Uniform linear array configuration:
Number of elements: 64
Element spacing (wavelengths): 0.5
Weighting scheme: binomial
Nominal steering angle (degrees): -30
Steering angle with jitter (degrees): -31.613
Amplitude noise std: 0.05
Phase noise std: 0.05

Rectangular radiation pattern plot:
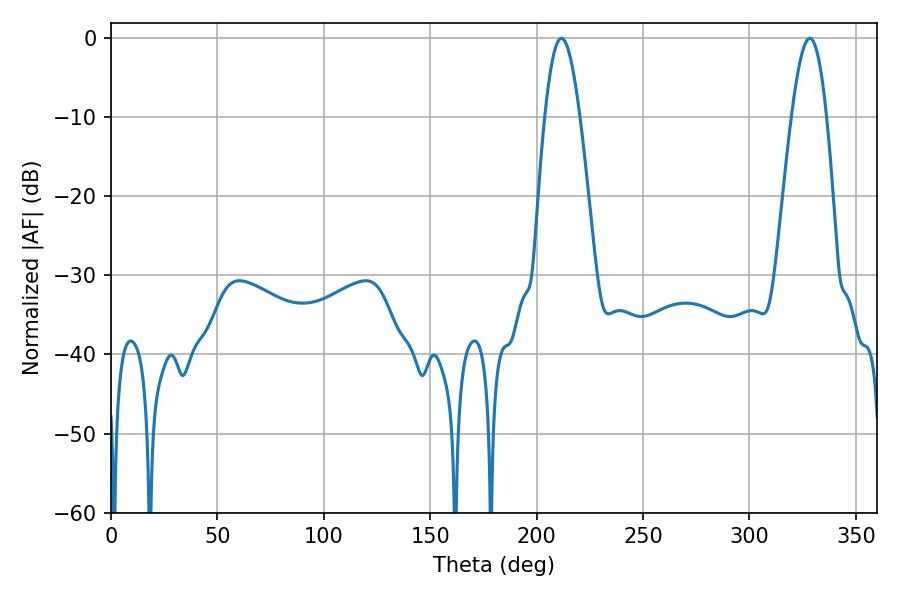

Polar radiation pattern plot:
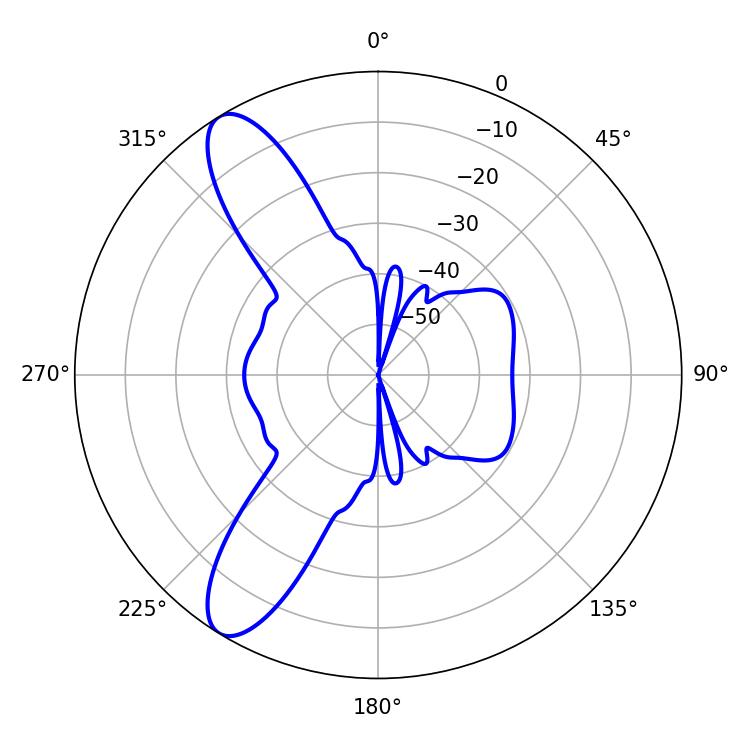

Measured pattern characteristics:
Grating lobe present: FALSE
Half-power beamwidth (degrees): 8.82
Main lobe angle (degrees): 211.68